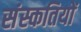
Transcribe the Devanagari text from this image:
संस्कतियों